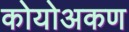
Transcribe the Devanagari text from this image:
कोयोअकण